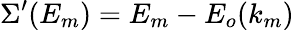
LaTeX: \Sigma^{\prime}(E_{m})=E_{m}-E_{o}(k_{m})